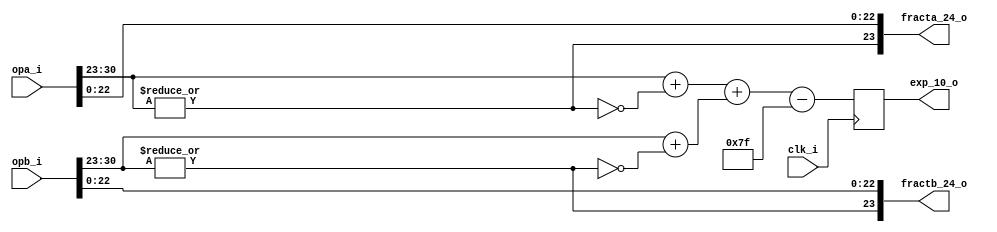
//////////////////////////////////////////////////////////////////////
////                                                              ////
////  or1200_fpu_pre_norm_mul                                     ////
////                                                              ////
////  This file is part of the OpenRISC 1200 project              ////
////  http://opencores.org/project,or1k                           ////
////                                                              ////
////  Description                                                 ////
////  pre-normalization entity for the multiplication unit        ////
////                                                              ////
////  To Do:                                                      ////
////                                                              ////
////                                                              ////
////  Author(s):                                                  ////
////      - Original design (FPU100) -                            ////
////        Jidan Al-eryani, jidan@gmx.net                        ////
////      - Conv. to Verilog and inclusion in OR1200 -            ////
////        Julius Baxter, julius@opencores.org                   ////
////                                                              ////
//////////////////////////////////////////////////////////////////////
//
//  Copyright (C) 2006, 2010
//
//	This source file may be used and distributed without        
//	restriction provided that this copyright statement is not   
//	removed from the file and that any derivative work contains 
//	the original copyright notice and the associated disclaimer.
//                                                           
//		THIS SOFTWARE IS PROVIDED ``AS IS'' AND WITHOUT ANY     
//	EXPRESS OR IMPLIED WARRANTIES, INCLUDING, BUT NOT LIMITED   
//	TO, THE IMPLIED WARRANTIES OF MERCHANTABILITY AND FITNESS   
//	FOR A PARTICULAR PURPOSE. IN NO EVENT SHALL THE AUTHOR      
//	OR CONTRIBUTORS BE LIABLE FOR ANY DIRECT, INDIRECT,         
//	INCIDENTAL, SPECIAL, EXEMPLARY, OR CONSEQUENTIAL DAMAGES    
//	(INCLUDING, BUT NOT LIMITED TO, PROCUREMENT OF SUBSTITUTE   
//	GOODS OR SERVICES; LOSS OF USE, DATA, OR PROFITS; OR        
//	BUSINESS INTERRUPTION) HOWEVER CAUSED AND ON ANY THEORY OF  
//	LIABILITY, WHETHER IN  CONTRACT, STRICT LIABILITY, OR TORT  
//	(INCLUDING NEGLIGENCE OR OTHERWISE) ARISING IN ANY WAY OUT  
//	OF THE USE OF THIS SOFTWARE, EVEN IF ADVISED OF THE         
//	POSSIBILITY OF SUCH DAMAGE. 
//

module or1200_fpu_pre_norm_mul (
		     clk_i,
		     opa_i,
		     opb_i,
		     exp_10_o,
		     fracta_24_o,
		     fractb_24_o
		     );

   parameter FP_WIDTH = 32;
   parameter MUL_SERIAL = 0; // 0 for parallel multiplier, 1 for serial
   parameter MUL_COUNT = 11; //11 for parallel multiplier, 34 for serial
   parameter FRAC_WIDTH = 23;
   parameter EXP_WIDTH = 8;
   parameter ZERO_VECTOR = 31'd0;
   parameter INF = 31'b1111111100000000000000000000000;
   parameter QNAN = 31'b1111111110000000000000000000000;
   parameter SNAN = 31'b1111111100000000000000000000001;


   input clk_i;
   input [FP_WIDTH-1:0] opa_i;
   input [FP_WIDTH-1:0] opb_i;
   output reg [EXP_WIDTH+1:0] exp_10_o;
   output [FRAC_WIDTH:0] fracta_24_o;
   output [FRAC_WIDTH:0] fractb_24_o; 

   
   wire [EXP_WIDTH-1:0]      s_expa;
   wire [EXP_WIDTH-1:0]      s_expb;
   
   wire [FRAC_WIDTH-1:0]     s_fracta;
   wire [FRAC_WIDTH-1:0]     s_fractb;

   wire [EXP_WIDTH+1:0]      s_exp_10_o;
   wire [EXP_WIDTH+1:0]      s_expa_in;
   wire [EXP_WIDTH+1:0]      s_expb_in;
   
   wire 		     s_opa_dn, s_opb_dn;

   assign s_expa = opa_i[30:23];
   assign s_expb = opb_i[30:23];
   assign s_fracta = opa_i[22:0];
   assign s_fractb = opb_i[22:0];
   
   // Output Register
   always @(posedge clk_i)
     exp_10_o <= s_exp_10_o;
   
   // opa or opb is denormalized
   assign s_opa_dn = !(|s_expa);
   assign s_opb_dn = !(|s_expb);
   
   assign fracta_24_o = {!s_opa_dn, s_fracta};
   assign fractb_24_o = {!s_opb_dn, s_fractb};
   
   assign s_expa_in = {2'd0, s_expa} + {9'd0, s_opa_dn};
   assign s_expb_in = {2'd0, s_expb} + {9'd0, s_opb_dn};
   
   assign s_exp_10_o = s_expa_in + s_expb_in - 10'b0001111111;		

endmodule // or1200_fpu_pre_norm_mul